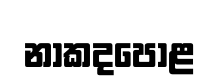
නාකදපොළ